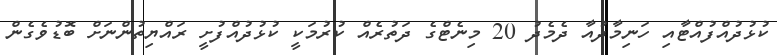
ކުޅުދުއްފުއްޓާއި ހަނިމާދުއާ ދެމެދު 20 މިނެޓްގެ ދަތުރެއް ކުރުމަކީ ކުޅުދުއްފުށީ ރައްޔިތުންނަށް ބޮޑުވެގެން